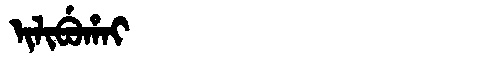
Manchu: ᡳᠯᡳᠪᡠᡥᠠᡳ
Romanization: ILIBUHAI